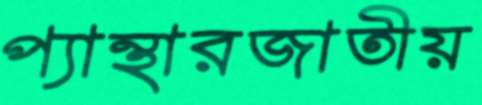
প্যান্থারজাতীয়